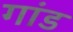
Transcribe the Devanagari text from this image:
गांड